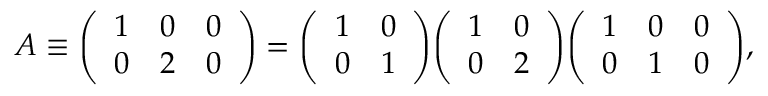
A \equiv { \left( \begin{array} { l l l } { 1 } & { 0 } & { 0 } \\ { 0 } & { 2 } & { 0 } \end{array} \right) } = { \left( \begin{array} { l l } { 1 } & { 0 } \\ { 0 } & { 1 } \end{array} \right) } { \left( \begin{array} { l l } { 1 } & { 0 } \\ { 0 } & { 2 } \end{array} \right) } { \left( \begin{array} { l l l } { 1 } & { 0 } & { 0 } \\ { 0 } & { 1 } & { 0 } \end{array} \right) } ,